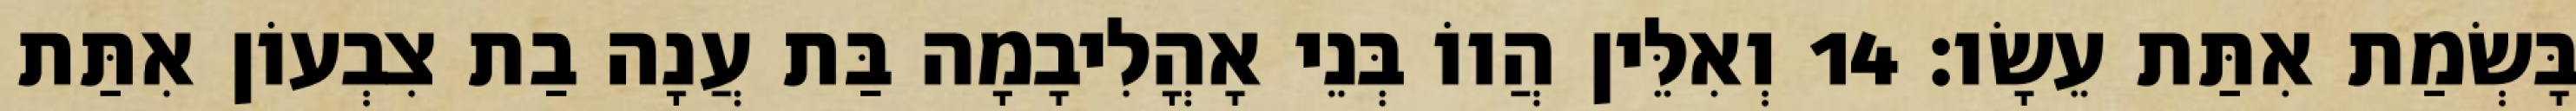
בָּשְׂמַת אִתַּת עֵשָׂו׃ 14 וְאִלֵּין הֲווֹ בְּנֵי אָהֳלִיבָמָה בַּת עֲנָה בַת צִבְעוֹן אִתַּת